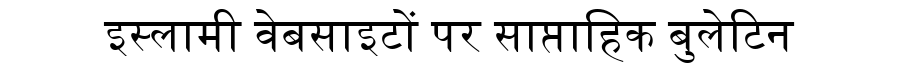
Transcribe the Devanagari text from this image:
इस्लामी वेबसाइटों पर साप्ताहिक बुलेटिन